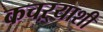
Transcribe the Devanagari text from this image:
कचऱ्याशी